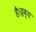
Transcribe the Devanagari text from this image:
है।द्रव्य